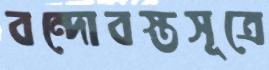
বন্দোবস্তসূত্রে